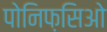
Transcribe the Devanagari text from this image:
पोनिफ़सिओ